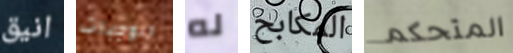
انيق الوجبات له المكابح المتحكم